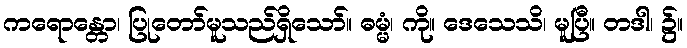
ကရောန္တော၊ ပြုတော်မူသည်ရှိသော်။ ဓမ္မံ၊ ကို။ ဒေသေသိ၊ မူပြီ။ တဒါ၊ ၌။